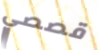
قصصي